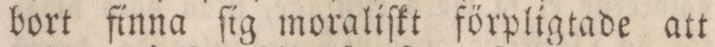
bort finna ſig moraliſkt förpligtade att